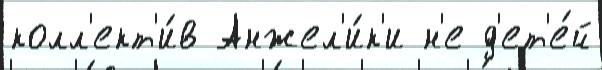
колл'ект'и́в Анжел'и́к'и н'е д'ет'е́й